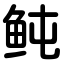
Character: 鲀